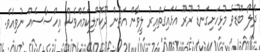
ދެލޯ ބޮޑުވެ މުޅިހަށިގަނޑު ރޫރޫ އަޅައިގަތްއިރު ލީވާން އަތުން ދޫކޮށްލިކަމެއްވެސް އިހްސާސެއް ނުވިއެވެ.